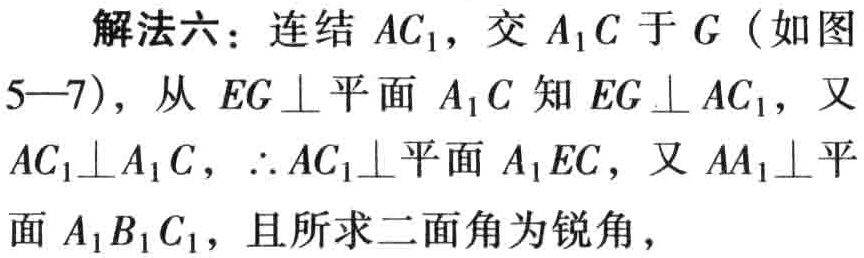
解法六：连结 \(AC_{1}\)，交 \(A_{1}C\) 于 \(G\)（如图5—7），从 \(EG\perp\) 平面 \(A_{1}C\) 知 \(EG\perp AC_{1}\)，又 \(AC_{1}\perp A_{1}C\)，\(\therefore AC_{1}\perp\) 平面 \(A_{1}EC\)，又 \(AA_{1}\perp\) 平面 \(A_{1}B_{1}C_{1}\)，且所求二面角为锐角，